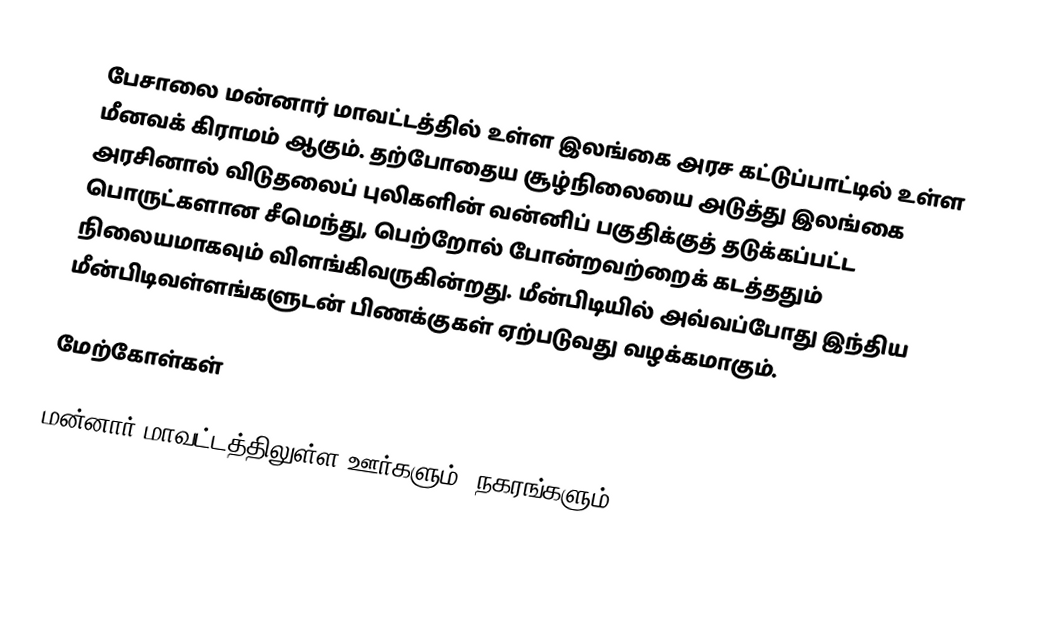
பேசாலை மன்னார் மாவட்டத்தில் உள்ள இலங்கை அரச கட்டுப்பாட்டில் உள்ள மீனவக் கிராமம் ஆகும். தற்போதைய சூழ்நிலையை அடுத்து இலங்கை அரசினால் விடுதலைப் புலிகளின் வன்னிப் பகுதிக்குத் தடுக்கப்பட்ட பொருட்களான சீமெந்து, பெற்றோல் போன்றவற்றைக் கடத்ததும் நிலையமாகவும் விளங்கிவருகின்றது. மீன்பிடியில் அவ்வப்போது இந்திய மீன்பிடிவள்ளங்களுடன் பிணக்குகள் ஏற்படுவது வழக்கமாகும்.

மேற்கோள்கள்

மன்னார் மாவட்டத்திலுள்ள ஊர்களும், நகரங்களும்